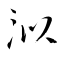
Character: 泤